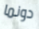
دونما